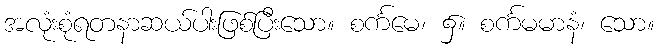
အလုံးစုံရတနာဆယ်ပါးဖြစ်ပြီးသော။ စင်္ကမေ၊ ၌။ စင်္ကမမာနံ၊ သော။